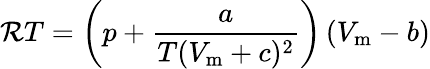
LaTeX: \mathcal{R}T=\left(p+{\frac{{a}}{{T(V_{\mathrm{{m}}}+c)^{2}}}}\right)\left(V_{\mathrm{{m}}}-b\right)